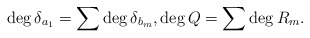
\begin{align*}\deg \delta_{a_1} = \sum \deg \delta_{b_m}, \deg Q =\sum \deg R_m.\end{align*}